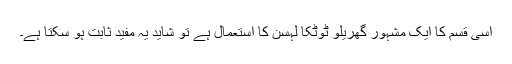
اسی قسم کا ایک مشہور گھریلو ٹوٹکا لہسن کا استعمال ہے تو شاید یہ مفید ثابت ہو سکتا ہے۔